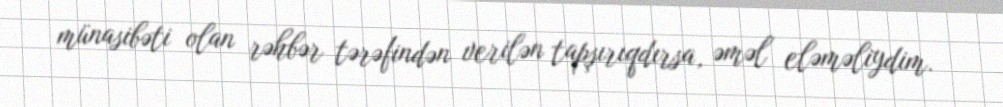
münasibəti olan rəhbər tərəfindən verilən tapşırıqdırsa, əməl eləməliydim.